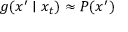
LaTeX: g ( x ^ { \prime } \mid x _ { t } ) \approx P ( x ^ { \prime } )